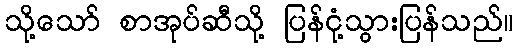
သို့သော် စာအုပ်ဆီသို့ ပြန်ငုံ့သွားပြန်သည်။